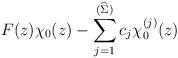
LaTeX: \begin{gather*}F(z)\chi_0(z) -\sum_{j=1}^{(\widehat{\Sigma})} c_j \chi_0^{(j)}(z)\end{gather*}